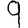
Digit: 9